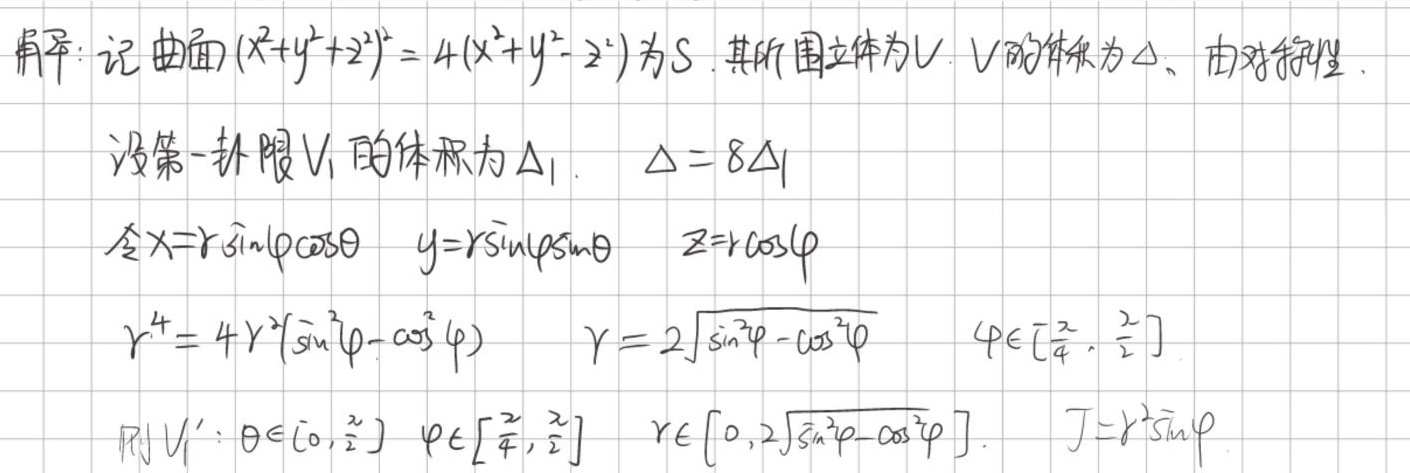
解：记曲面\((x^{2}+y^{2}+z^{2})^{2}=4(x^{2}+y^{2}-z^{2})\)为\(S\)，其所围立体为\(V\)，\(V\)的体积为\(\Delta\)。由对称性，
设第一卦限\(V_{1}\)的体积为\(\Delta_{1}\)，\(\Delta = 8\Delta_{1}\)。
令\(x = r\sin\varphi\cos\theta\)，\(y = r\sin\varphi\sin\theta\)，\(z = r\cos\varphi\)，
\(r^{4}=4r^{2}(\sin^{2}\varphi-\cos^{2}\varphi)\)，\(r = 2\sqrt{\sin^{2}\varphi-\cos^{2}\varphi}\)，\(\varphi\in[\frac{\pi}{4},\frac{\pi}{2}]\)。
则\(V_{1}:\theta\in[0,\frac{\pi}{2}]\)，\(\varphi\in[\frac{\pi}{4},\frac{\pi}{2}]\)，\(r\in[0,2\sqrt{\sin^{2}\varphi - \cos^{2}\varphi}]\)，\(J = r^{2}\sin\varphi\)。